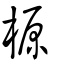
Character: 榞